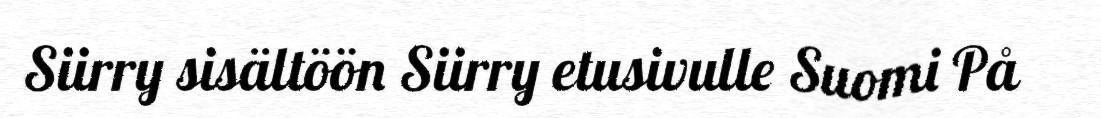
Siirry sisältöön Siirry etusivulle Suomi På